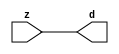

//------> ./rtl_mgc_ioport.v 
//------------------------------------------------------------------
//                M G C _ I O P O R T _ C O M P S
//------------------------------------------------------------------

//------------------------------------------------------------------
//                       M O D U L E S
//------------------------------------------------------------------

//------------------------------------------------------------------
//-- INPUT ENTITIES
//------------------------------------------------------------------

module mgc_in_wire (d, z);

  parameter integer rscid = 1;
  parameter integer width = 8;

  output [width-1:0] d;
  input  [width-1:0] z;

  wire   [width-1:0] d;

  assign d = z;

endmodule

//------------------------------------------------------------------

module mgc_in_wire_en (ld, d, lz, z);

  parameter integer rscid = 1;
  parameter integer width = 8;

  input              ld;
  output [width-1:0] d;
  output             lz;
  input  [width-1:0] z;

  wire   [width-1:0] d;
  wire               lz;

  assign d = z;
  assign lz = ld;

endmodule

//------------------------------------------------------------------

module mgc_in_wire_wait (ld, vd, d, lz, vz, z);

  parameter integer rscid = 1;
  parameter integer width = 8;

  input              ld;
  output             vd;
  output [width-1:0] d;
  output             lz;
  input              vz;
  input  [width-1:0] z;

  wire               vd;
  wire   [width-1:0] d;
  wire               lz;

  assign d = z;
  assign lz = ld;
  assign vd = vz;

endmodule
//------------------------------------------------------------------

module mgc_chan_in (ld, vd, d, lz, vz, z, size, req_size, sizez, sizelz);

  parameter integer rscid = 1;
  parameter integer width = 8;
  parameter integer sz_width = 8;

  input              ld;
  output             vd;
  output [width-1:0] d;
  output             lz;
  input              vz;
  input  [width-1:0] z;
  output [sz_width-1:0] size;
  input              req_size;
  input  [sz_width-1:0] sizez;
  output             sizelz;


  wire               vd;
  wire   [width-1:0] d;
  wire               lz;
  wire   [sz_width-1:0] size;
  wire               sizelz;

  assign d = z;
  assign lz = ld;
  assign vd = vz;
  assign size = sizez;
  assign sizelz = req_size;

endmodule


//------------------------------------------------------------------
//-- OUTPUT ENTITIES
//------------------------------------------------------------------

module mgc_out_stdreg (d, z);

  parameter integer rscid = 1;
  parameter integer width = 8;

  input    [width-1:0] d;
  output   [width-1:0] z;

  wire     [width-1:0] z;

  assign z = d;

endmodule

//------------------------------------------------------------------

module mgc_out_stdreg_en (ld, d, lz, z);

  parameter integer rscid = 1;
  parameter integer width = 8;

  input              ld;
  input  [width-1:0] d;
  output             lz;
  output [width-1:0] z;

  wire               lz;
  wire   [width-1:0] z;

  assign z = d;
  assign lz = ld;

endmodule

//------------------------------------------------------------------

module mgc_out_stdreg_wait (ld, vd, d, lz, vz, z);

  parameter integer rscid = 1;
  parameter integer width = 8;

  input              ld;
  output             vd;
  input  [width-1:0] d;
  output             lz;
  input              vz;
  output [width-1:0] z;

  wire               vd;
  wire               lz;
  wire   [width-1:0] z;

  assign z = d;
  assign lz = ld;
  assign vd = vz;

endmodule

//------------------------------------------------------------------

module mgc_out_prereg_en (ld, d, lz, z);

    parameter integer rscid = 1;
    parameter integer width = 8;

    input              ld;
    input  [width-1:0] d;
    output             lz;
    output [width-1:0] z;

    wire               lz;
    wire   [width-1:0] z;

    assign z = d;
    assign lz = ld;

endmodule

//------------------------------------------------------------------
//-- INOUT ENTITIES
//------------------------------------------------------------------

module mgc_inout_stdreg_en (ldin, din, ldout, dout, lzin, lzout, z);

    parameter integer rscid = 1;
    parameter integer width = 8;

    input              ldin;
    output [width-1:0] din;
    input              ldout;
    input  [width-1:0] dout;
    output             lzin;
    output             lzout;
    inout  [width-1:0] z;

    wire   [width-1:0] din;
    wire               lzin;
    wire               lzout;
    wire   [width-1:0] z;

    assign lzin = ldin;
    assign din = ldin ? z : {width{1'bz}};
    assign lzout = ldout;
    assign z = ldout ? dout : {width{1'bz}};

endmodule

//------------------------------------------------------------------
module hid_tribuf( I_SIG, ENABLE, O_SIG);
  parameter integer width = 8;

  input [width-1:0] I_SIG;
  input ENABLE;
  inout [width-1:0] O_SIG;

  assign O_SIG = (ENABLE) ? I_SIG : { width{1'bz}};

endmodule
//------------------------------------------------------------------

module mgc_inout_stdreg_wait (ldin, vdin, din, ldout, vdout, dout, lzin, vzin, lzout, vzout, z);

    parameter integer rscid = 1;
    parameter integer width = 8;

    input              ldin;
    output             vdin;
    output [width-1:0] din;
    input              ldout;
    output             vdout;
    input  [width-1:0] dout;
    output             lzin;
    input              vzin;
    output             lzout;
    input              vzout;
    inout  [width-1:0] z;

    wire               vdin;
    wire   [width-1:0] din;
    wire               vdout;
    wire               lzin;
    wire               lzout;
    wire   [width-1:0] z;
    wire   ldout_and_vzout;

    assign lzin = ldin;
    assign vdin = vzin;
    assign din = ldin ? z : {width{1'bz}};
    assign lzout = ldout;
    assign vdout = vzout ;
    assign ldout_and_vzout = ldout && vzout ;

    hid_tribuf #(width) tb( .I_SIG(dout),
                            .ENABLE(ldout_and_vzout),
                            .O_SIG(z) );

endmodule

//------------------------------------------------------------------

module mgc_inout_buf_wait (clk, en, arst, srst, ldin, vdin, din, ldout, vdout, dout, lzin, vzin, lzout, vzout, z);

    parameter integer rscid   = 0; // resource ID
    parameter integer width   = 8; // fifo width
    parameter         ph_clk  =  1'b1; // clock polarity 1=rising edge, 0=falling edge
    parameter         ph_en   =  1'b1; // clock enable polarity
    parameter         ph_arst =  1'b1; // async reset polarity
    parameter         ph_srst =  1'b1; // sync reset polarity

    input              clk;
    input              en;
    input              arst;
    input              srst;
    input              ldin;
    output             vdin;
    output [width-1:0] din;
    input              ldout;
    output             vdout;
    input  [width-1:0] dout;
    output             lzin;
    input              vzin;
    output             lzout;
    input              vzout;
    inout  [width-1:0] z;

    wire               lzout_buf;
    wire               vzout_buf;
    wire   [width-1:0] z_buf;
    wire               vdin;
    wire   [width-1:0] din;
    wire               vdout;
    wire               lzin;
    wire               lzout;
    wire   [width-1:0] z;

    assign lzin = ldin;
    assign vdin = vzin;
    assign din = ldin ? z : {width{1'bz}};
    assign lzout = lzout_buf & ~ldin;
    assign vzout_buf = vzout & ~ldin;
    hid_tribuf #(width) tb( .I_SIG(z_buf),
                            .ENABLE((lzout_buf && (!ldin) && vzout) ),
                            .O_SIG(z)  );

    mgc_out_buf_wait
    #(
        .rscid   (rscid),
        .width   (width),
        .ph_clk  (ph_clk),
        .ph_en   (ph_en),
        .ph_arst (ph_arst),
        .ph_srst (ph_srst)
    )
    BUFF
    (
        .clk     (clk),
        .en      (en),
        .arst    (arst),
        .srst    (srst),
        .ld      (ldout),
        .vd      (vdout),
        .d       (dout),
        .lz      (lzout_buf),
        .vz      (vzout_buf),
        .z       (z_buf)
    );


endmodule

module mgc_inout_fifo_wait (clk, en, arst, srst, ldin, vdin, din, ldout, vdout, dout, lzin, vzin, lzout, vzout, z);

    parameter integer rscid   = 0; // resource ID
    parameter integer width   = 8; // fifo width
    parameter integer fifo_sz = 8; // fifo depth
    parameter         ph_clk  = 1'b1;  // clock polarity 1=rising edge, 0=falling edge
    parameter         ph_en   = 1'b1;  // clock enable polarity
    parameter         ph_arst = 1'b1;  // async reset polarity
    parameter         ph_srst = 1'b1;  // sync reset polarity
    parameter integer ph_log2 = 3;     // log2(fifo_sz)
    parameter integer pwropt  = 0;     // pwropt

    input              clk;
    input              en;
    input              arst;
    input              srst;
    input              ldin;
    output             vdin;
    output [width-1:0] din;
    input              ldout;
    output             vdout;
    input  [width-1:0] dout;
    output             lzin;
    input              vzin;
    output             lzout;
    input              vzout;
    inout  [width-1:0] z;

    wire               lzout_buf;
    wire               vzout_buf;
    wire   [width-1:0] z_buf;
    wire               comb;
    wire               vdin;
    wire   [width-1:0] din;
    wire               vdout;
    wire               lzin;
    wire               lzout;
    wire   [width-1:0] z;

    assign lzin = ldin;
    assign vdin = vzin;
    assign din = ldin ? z : {width{1'bz}};
    assign lzout = lzout_buf & ~ldin;
    assign vzout_buf = vzout & ~ldin;
    assign comb = (lzout_buf && (!ldin) && vzout);

    hid_tribuf #(width) tb2( .I_SIG(z_buf), .ENABLE(comb), .O_SIG(z)  );

    mgc_out_fifo_wait
    #(
        .rscid   (rscid),
        .width   (width),
        .fifo_sz (fifo_sz),
        .ph_clk  (ph_clk),
        .ph_en   (ph_en),
        .ph_arst (ph_arst),
        .ph_srst (ph_srst),
        .ph_log2 (ph_log2),
        .pwropt  (pwropt)
    )
    FIFO
    (
        .clk   (clk),
        .en      (en),
        .arst    (arst),
        .srst    (srst),
        .ld      (ldout),
        .vd      (vdout),
        .d       (dout),
        .lz      (lzout_buf),
        .vz      (vzout_buf),
        .z       (z_buf)
    );

endmodule

//------------------------------------------------------------------
//-- I/O SYNCHRONIZATION ENTITIES
//------------------------------------------------------------------

module mgc_io_sync (ld, lz);

    input  ld;
    output lz;

    assign lz = ld;

endmodule

module mgc_bsync_rdy (rd, rz);

    parameter integer rscid   = 0; // resource ID
    parameter ready = 1;
    parameter valid = 0;

    input  rd;
    output rz;

    wire   rz;

    assign rz = rd;

endmodule

module mgc_bsync_vld (vd, vz);

    parameter integer rscid   = 0; // resource ID
    parameter ready = 0;
    parameter valid = 1;

    output vd;
    input  vz;

    wire   vd;

    assign vd = vz;

endmodule

module mgc_bsync_rv (rd, vd, rz, vz);

    parameter integer rscid   = 0; // resource ID
    parameter ready = 1;
    parameter valid = 1;

    input  rd;
    output vd;
    output rz;
    input  vz;

    wire   vd;
    wire   rz;

    assign rz = rd;
    assign vd = vz;

endmodule

//------------------------------------------------------------------

module mgc_sync (ldin, vdin, ldout, vdout);

  input  ldin;
  output vdin;
  input  ldout;
  output vdout;

  wire   vdin;
  wire   vdout;

  assign vdin = ldout;
  assign vdout = ldin;

endmodule

///////////////////////////////////////////////////////////////////////////////
// dummy function used to preserve funccalls for modulario
// it looks like a memory read to the caller
///////////////////////////////////////////////////////////////////////////////
module funccall_inout (d, ad, bd, z, az, bz);

  parameter integer ram_id = 1;
  parameter integer width = 8;
  parameter integer addr_width = 8;

  output [width-1:0]       d;
  input  [addr_width-1:0]  ad;
  input                    bd;
  input  [width-1:0]       z;
  output [addr_width-1:0]  az;
  output                   bz;

  wire   [width-1:0]       d;
  wire   [addr_width-1:0]  az;
  wire                     bz;

  assign d  = z;
  assign az = ad;
  assign bz = bd;

endmodule


///////////////////////////////////////////////////////////////////////////////
// inlinable modular io not otherwise found in mgc_ioport
///////////////////////////////////////////////////////////////////////////////

module modulario_en_in (vd, d, vz, z);

  parameter integer rscid = 1;
  parameter integer width = 8;

  output             vd;
  output [width-1:0] d;
  input              vz;
  input  [width-1:0] z;

  wire   [width-1:0] d;
  wire               vd;

  assign d = z;
  assign vd = vz;

endmodule

//------> ./rtl_mgc_ioport_v2001.v 
//------------------------------------------------------------------

module mgc_out_reg_pos (clk, en, arst, srst, ld, d, lz, z);

    parameter integer rscid   = 1;
    parameter integer width   = 8;
    parameter         ph_en   =  1'b1;
    parameter         ph_arst =  1'b1;
    parameter         ph_srst =  1'b1;

    input              clk;
    input              en;
    input              arst;
    input              srst;
    input              ld;
    input  [width-1:0] d;
    output             lz;
    output [width-1:0] z;

    reg                lz;
    reg    [width-1:0] z;

    generate
    if (ph_arst == 1'b0)
    begin: NEG_ARST
        always @(posedge clk or negedge arst)
        if (arst == 1'b0)
        begin: B1
            lz <= 1'b0;
            z  <= {width{1'b0}};
        end
        else if (srst == ph_srst)
        begin: B2
            lz <= 1'b0;
            z  <= {width{1'b0}};
        end
        else if (en == ph_en)
        begin: B3
            lz <= ld;
            z  <= (ld) ? d : z;
        end
    end
    else
    begin: POS_ARST
        always @(posedge clk or posedge arst)
        if (arst == 1'b1)
        begin: B1
            lz <= 1'b0;
            z  <= {width{1'b0}};
        end
        else if (srst == ph_srst)
        begin: B2
            lz <= 1'b0;
            z  <= {width{1'b0}};
        end
        else if (en == ph_en)
        begin: B3
            lz <= ld;
            z  <= (ld) ? d : z;
        end
    end
    endgenerate

endmodule

//------------------------------------------------------------------

module mgc_out_reg_neg (clk, en, arst, srst, ld, d, lz, z);

    parameter integer rscid   = 1;
    parameter integer width   = 8;
    parameter         ph_en   =  1'b1;
    parameter         ph_arst =  1'b1;
    parameter         ph_srst =  1'b1;

    input              clk;
    input              en;
    input              arst;
    input              srst;
    input              ld;
    input  [width-1:0] d;
    output             lz;
    output [width-1:0] z;

    reg                lz;
    reg    [width-1:0] z;

    generate
    if (ph_arst == 1'b0)
    begin: NEG_ARST
        always @(negedge clk or negedge arst)
        if (arst == 1'b0)
        begin: B1
            lz <= 1'b0;
            z  <= {width{1'b0}};
        end
        else if (srst == ph_srst)
        begin: B2
            lz <= 1'b0;
            z  <= {width{1'b0}};
        end
        else if (en == ph_en)
        begin: B3
            lz <= ld;
            z  <= (ld) ? d : z;
        end
    end
    else
    begin: POS_ARST
        always @(negedge clk or posedge arst)
        if (arst == 1'b1)
        begin: B1
            lz <= 1'b0;
            z  <= {width{1'b0}};
        end
        else if (srst == ph_srst)
        begin: B2
            lz <= 1'b0;
            z  <= {width{1'b0}};
        end
        else if (en == ph_en)
        begin: B3
            lz <= ld;
            z  <= (ld) ? d : z;
        end
    end
    endgenerate

endmodule

//------------------------------------------------------------------

module mgc_out_reg (clk, en, arst, srst, ld, d, lz, z); // Not Supported

    parameter integer rscid   = 1;
    parameter integer width   = 8;
    parameter         ph_clk  =  1'b1;
    parameter         ph_en   =  1'b1;
    parameter         ph_arst =  1'b1;
    parameter         ph_srst =  1'b1;

    input              clk;
    input              en;
    input              arst;
    input              srst;
    input              ld;
    input  [width-1:0] d;
    output             lz;
    output [width-1:0] z;


    generate
    if (ph_clk == 1'b0)
    begin: NEG_EDGE

        mgc_out_reg_neg
        #(
            .rscid   (rscid),
            .width   (width),
            .ph_en   (ph_en),
            .ph_arst (ph_arst),
            .ph_srst (ph_srst)
        )
        mgc_out_reg_neg_inst
        (
            .clk     (clk),
            .en      (en),
            .arst    (arst),
            .srst    (srst),
            .ld      (ld),
            .d       (d),
            .lz      (lz),
            .z       (z)
        );

    end
    else
    begin: POS_EDGE

        mgc_out_reg_pos
        #(
            .rscid   (rscid),
            .width   (width),
            .ph_en   (ph_en),
            .ph_arst (ph_arst),
            .ph_srst (ph_srst)
        )
        mgc_out_reg_pos_inst
        (
            .clk     (clk),
            .en      (en),
            .arst    (arst),
            .srst    (srst),
            .ld      (ld),
            .d       (d),
            .lz      (lz),
            .z       (z)
        );

    end
    endgenerate

endmodule




//------------------------------------------------------------------

module mgc_out_buf_wait (clk, en, arst, srst, ld, vd, d, vz, lz, z); // Not supported

    parameter integer rscid   = 1;
    parameter integer width   = 8;
    parameter         ph_clk  =  1'b1;
    parameter         ph_en   =  1'b1;
    parameter         ph_arst =  1'b1;
    parameter         ph_srst =  1'b1;

    input              clk;
    input              en;
    input              arst;
    input              srst;
    input              ld;
    output             vd;
    input  [width-1:0] d;
    output             lz;
    input              vz;
    output [width-1:0] z;

    wire               filled;
    wire               filled_next;
    wire   [width-1:0] abuf;
    wire               lbuf;


    assign filled_next = (filled & (~vz)) | (filled & ld) | (ld & (~vz));

    assign lbuf = ld & ~(filled ^ vz);

    assign vd = vz | ~filled;

    assign lz = ld | filled;

    assign z = (filled) ? abuf : d;

    wire dummy;
    wire dummy_bufreg_lz;

    // Output registers:
    mgc_out_reg
    #(
        .rscid   (rscid),
        .width   (1'b1),
        .ph_clk  (ph_clk),
        .ph_en   (ph_en),
        .ph_arst (ph_arst),
        .ph_srst (ph_srst)
    )
    STATREG
    (
        .clk     (clk),
        .en      (en),
        .arst    (arst),
        .srst    (srst),
        .ld      (filled_next),
        .d       (1'b0),       // input d is unused
        .lz      (filled),
        .z       (dummy)            // output z is unused
    );

    mgc_out_reg
    #(
        .rscid   (rscid),
        .width   (width),
        .ph_clk  (ph_clk),
        .ph_en   (ph_en),
        .ph_arst (ph_arst),
        .ph_srst (ph_srst)
    )
    BUFREG
    (
        .clk     (clk),
        .en      (en),
        .arst    (arst),
        .srst    (srst),
        .ld      (lbuf),
        .d       (d),
        .lz      (dummy_bufreg_lz),
        .z       (abuf)
    );

endmodule

//------------------------------------------------------------------

module mgc_out_fifo_wait (clk, en, arst, srst, ld, vd, d, lz, vz,  z);

    parameter integer rscid   = 0; // resource ID
    parameter integer width   = 8; // fifo width
    parameter integer fifo_sz = 8; // fifo depth
    parameter         ph_clk  = 1'b1; // clock polarity 1=rising edge, 0=falling edge
    parameter         ph_en   = 1'b1; // clock enable polarity
    parameter         ph_arst = 1'b1; // async reset polarity
    parameter         ph_srst = 1'b1; // sync reset polarity
    parameter integer ph_log2 = 3; // log2(fifo_sz)
    parameter integer pwropt  = 0; // pwropt


    input                 clk;
    input                 en;
    input                 arst;
    input                 srst;
    input                 ld;    // load data
    output                vd;    // fifo full active low
    input     [width-1:0] d;
    output                lz;    // fifo ready to send
    input                 vz;    // dest ready for data
    output    [width-1:0] z;

    wire    [31:0]      size;


      // Output registers:
 mgc_out_fifo_wait_core#(
        .rscid   (rscid),
        .width   (width),
        .sz_width (32),
        .fifo_sz (fifo_sz),
        .ph_clk  (ph_clk),
        .ph_en   (ph_en),
        .ph_arst (ph_arst),
        .ph_srst (ph_srst),
        .ph_log2 (ph_log2),
        .pwropt  (pwropt)
        ) CORE (
        .clk (clk),
        .en (en),
        .arst (arst),
        .srst (srst),
        .ld (ld),
        .vd (vd),
        .d (d),
        .lz (lz),
        .vz (vz),
        .z (z),
        .size (size)
        );

endmodule



module mgc_out_fifo_wait_core (clk, en, arst, srst, ld, vd, d, lz, vz,  z, size);

    parameter integer rscid   = 0; // resource ID
    parameter integer width   = 8; // fifo width
    parameter integer sz_width = 8; // size of port for elements in fifo
    parameter integer fifo_sz = 8; // fifo depth
    parameter         ph_clk  =  1'b1; // clock polarity 1=rising edge, 0=falling edge
    parameter         ph_en   =  1'b1; // clock enable polarity
    parameter         ph_arst =  1'b1; // async reset polarity
    parameter         ph_srst =  1'b1; // sync reset polarity
    parameter integer ph_log2 = 3; // log2(fifo_sz)
    parameter integer pwropt  = 0; // pwropt

   localparam integer  fifo_b = width * fifo_sz;

    input                 clk;
    input                 en;
    input                 arst;
    input                 srst;
    input                 ld;    // load data
    output                vd;    // fifo full active low
    input     [width-1:0] d;
    output                lz;    // fifo ready to send
    input                 vz;    // dest ready for data
    output    [width-1:0] z;
    output    [sz_width-1:0]      size;

    reg      [( (fifo_sz > 0) ? fifo_sz : 1)-1:0] stat_pre;
    wire     [( (fifo_sz > 0) ? fifo_sz : 1)-1:0] stat;
    reg      [( (fifo_b > 0) ? fifo_b : 1)-1:0] buff_pre;
    wire     [( (fifo_b > 0) ? fifo_b : 1)-1:0] buff;
    reg      [( (fifo_sz > 0) ? fifo_sz : 1)-1:0] en_l;
    reg      [(((fifo_sz > 0) ? fifo_sz : 1)-1)/8:0] en_l_s;

    reg       [width-1:0] buff_nxt;

    reg                   stat_nxt;
    reg                   stat_before;
    reg                   stat_after;
    reg                   en_l_var;

    integer               i;
    genvar                eni;

    wire [32:0]           size_t;
    reg [31:0]            count;
    reg [31:0]            count_t;
    reg [32:0]            n_elem;
// pragma translate_off
    reg [31:0]            peak;
// pragma translate_on

    wire [( (fifo_sz > 0) ? fifo_sz : 1)-1:0] dummy_statreg_lz;
    wire [( (fifo_b > 0) ? fifo_b : 1)-1:0] dummy_bufreg_lz;

    generate
    if ( fifo_sz > 0 )
    begin: FIFO_REG
      assign vd = vz | ~stat[0];
      assign lz = ld | stat[fifo_sz-1];
      assign size_t = (count - (vz && stat[fifo_sz-1])) + ld;
      assign size = size_t[sz_width-1:0];
      assign z = (stat[fifo_sz-1]) ? buff[fifo_b-1:width*(fifo_sz-1)] : d;

      always @(*)
      begin: FIFOPROC
        n_elem = 33'b0;
        for (i = fifo_sz-1; i >= 0; i = i - 1)
        begin
          if (i != 0)
            stat_before = stat[i-1];
          else
            stat_before = 1'b0;

          if (i != (fifo_sz-1))
            stat_after = stat[i+1];
          else
            stat_after = 1'b1;

          stat_nxt = stat_after &
                    (stat_before | (stat[i] & (~vz)) | (stat[i] & ld) | (ld & (~vz)));

          stat_pre[i] = stat_nxt;
          en_l_var = 1'b1;
          if (!stat_nxt)
            begin
              buff_nxt = {width{1'b0}};
              en_l_var = 1'b0;
            end
          else if (vz && stat_before)
            buff_nxt[0+:width] = buff[width*(i-1)+:width];
          else if (ld && !((vz && stat_before) || ((!vz) && stat[i])))
            buff_nxt = d;
          else
            begin
              if (pwropt == 0)
                buff_nxt[0+:width] = buff[width*i+:width];
              else
                buff_nxt = {width{1'b0}};
              en_l_var = 1'b0;
            end

          if (ph_en != 0)
            en_l[i] = en & en_l_var;
          else
            en_l[i] = en | ~en_l_var;

          buff_pre[width*i+:width] = buff_nxt[0+:width];

          if ((stat_after == 1'b1) && (stat[i] == 1'b0))
            n_elem = ($unsigned(fifo_sz) - 1) - i;
        end

        if (ph_en != 0)
          en_l_s[(((fifo_sz > 0) ? fifo_sz : 1)-1)/8] = 1'b1;
        else
          en_l_s[(((fifo_sz > 0) ? fifo_sz : 1)-1)/8] = 1'b0;

        for (i = fifo_sz-1; i >= 7; i = i - 1)
        begin
          if ((i%'d2) == 0)
          begin
            if (ph_en != 0)
              en_l_s[(i/8)-1] = en & (stat[i]|stat_pre[i-1]);
            else
              en_l_s[(i/8)-1] = en | ~(stat[i]|stat_pre[i-1]);
          end
        end

        if ( stat[fifo_sz-1] == 1'b0 )
          count_t = 32'b0;
        else if ( stat[0] == 1'b1 )
          count_t = { {(32-ph_log2){1'b0}}, fifo_sz};
        else
          count_t = n_elem[31:0];
        count = count_t;
// pragma translate_off
        if ( peak < count )
          peak = count;
// pragma translate_on
      end

      if (pwropt == 0)
      begin: NOCGFIFO
        // Output registers:
        mgc_out_reg
        #(
            .rscid   (rscid),
            .width   (fifo_sz),
            .ph_clk  (ph_clk),
            .ph_en   (ph_en),
            .ph_arst (ph_arst),
            .ph_srst (ph_srst)
        )
        STATREG
        (
            .clk     (clk),
            .en      (en),
            .arst    (arst),
            .srst    (srst),
            .ld      (1'b1),
            .d       (stat_pre),
            .lz      (dummy_statreg_lz[0]),
            .z       (stat)
        );
        mgc_out_reg
        #(
            .rscid   (rscid),
            .width   (fifo_b),
            .ph_clk  (ph_clk),
            .ph_en   (ph_en),
            .ph_arst (ph_arst),
            .ph_srst (ph_srst)
        )
        BUFREG
        (
            .clk     (clk),
            .en      (en),
            .arst    (arst),
            .srst    (srst),
            .ld      (1'b1),
            .d       (buff_pre),
            .lz      (dummy_bufreg_lz[0]),
            .z       (buff)
        );
      end
      else
      begin: CGFIFO
        // Output registers:
        if ( pwropt > 1)
        begin: CGSTATFIFO2
          for (eni = fifo_sz-1; eni >= 0; eni = eni - 1)
          begin: pwroptGEN1
            mgc_out_reg
            #(
              .rscid   (rscid),
              .width   (1),
              .ph_clk  (ph_clk),
              .ph_en   (ph_en),
              .ph_arst (ph_arst),
              .ph_srst (ph_srst)
            )
            STATREG
            (
              .clk     (clk),
              .en      (en_l_s[eni/8]),
              .arst    (arst),
              .srst    (srst),
              .ld      (1'b1),
              .d       (stat_pre[eni]),
              .lz      (dummy_statreg_lz[eni]),
              .z       (stat[eni])
            );
          end
        end
        else
        begin: CGSTATFIFO
          mgc_out_reg
          #(
            .rscid   (rscid),
            .width   (fifo_sz),
            .ph_clk  (ph_clk),
            .ph_en   (ph_en),
            .ph_arst (ph_arst),
            .ph_srst (ph_srst)
          )
          STATREG
          (
            .clk     (clk),
            .en      (en),
            .arst    (arst),
            .srst    (srst),
            .ld      (1'b1),
            .d       (stat_pre),
            .lz      (dummy_statreg_lz[0]),
            .z       (stat)
          );
        end
        for (eni = fifo_sz-1; eni >= 0; eni = eni - 1)
        begin: pwroptGEN2
          mgc_out_reg
          #(
            .rscid   (rscid),
            .width   (width),
            .ph_clk  (ph_clk),
            .ph_en   (ph_en),
            .ph_arst (ph_arst),
            .ph_srst (ph_srst)
          )
          BUFREG
          (
            .clk     (clk),
            .en      (en_l[eni]),
            .arst    (arst),
            .srst    (srst),
            .ld      (1'b1),
            .d       (buff_pre[width*eni+:width]),
            .lz      (dummy_bufreg_lz[eni]),
            .z       (buff[width*eni+:width])
          );
        end
      end
    end
    else
    begin: FEED_THRU
      assign vd = vz;
      assign lz = ld;
      assign z = d;
      assign size = ld && !vz;
    end
    endgenerate

endmodule

//------------------------------------------------------------------
//-- PIPE ENTITIES
//------------------------------------------------------------------
/*
 *
 *             _______________________________________________
 * WRITER    |                                               |          READER
 *           |           MGC_PIPE                            |
 *           |           __________________________          |
 *        --<| vdout  --<| vd ---------------  vz<|-----ldin<|---
 *           |           |      FIFO              |          |
 *        ---|>ldout  ---|>ld ---------------- lz |> ---vdin |>--
 *        ---|>dout -----|>d  ---------------- dz |> ----din |>--
 *           |           |________________________|          |
 *           |_______________________________________________|
 */
// two clock pipe
module mgc_pipe (clk, en, arst, srst, ldin, vdin, din, ldout, vdout, dout, size, req_size);

    parameter integer rscid   = 0; // resource ID
    parameter integer width   = 8; // fifo width
    parameter integer sz_width = 8; // width of size of elements in fifo
    parameter integer fifo_sz = 8; // fifo depth
    parameter integer log2_sz = 3; // log2(fifo_sz)
    parameter         ph_clk  = 1'b1;  // clock polarity 1=rising edge, 0=falling edge
    parameter         ph_en   = 1'b1;  // clock enable polarity
    parameter         ph_arst = 1'b1;  // async reset polarity
    parameter         ph_srst = 1'b1;  // sync reset polarity
    parameter integer pwropt  = 0; // pwropt

    input              clk;
    input              en;
    input              arst;
    input              srst;
    input              ldin;
    output             vdin;
    output [width-1:0] din;
    input              ldout;
    output             vdout;
    input  [width-1:0] dout;
    output [sz_width-1:0]      size;
    input              req_size;


    mgc_out_fifo_wait_core
    #(
        .rscid    (rscid),
        .width    (width),
        .sz_width (sz_width),
        .fifo_sz  (fifo_sz),
        .ph_clk   (ph_clk),
        .ph_en    (ph_en),
        .ph_arst  (ph_arst),
        .ph_srst  (ph_srst),
        .ph_log2  (log2_sz),
        .pwropt   (pwropt)
    )
    FIFO
    (
        .clk     (clk),
        .en      (en),
        .arst    (arst),
        .srst    (srst),
        .ld      (ldout),
        .vd      (vdout),
        .d       (dout),
        .lz      (vdin),
        .vz      (ldin),
        .z       (din),
        .size    (size)
    );

endmodule


//------> ./rtl.v 
// ----------------------------------------------------------------------
//  HLS HDL:        Verilog Netlister
//  HLS Version:    2011a.126 Production Release
//  HLS Date:       Wed Aug  8 00:52:07 PDT 2012
// 
//  Generated by:   kjr115@EEWS104A-009
//  Generated date: Tue May 03 15:31:16 2016
// ----------------------------------------------------------------------

// 
// ------------------------------------------------------------------
//  Design Unit:    Render_core_fsm
//  FSM Module
// ------------------------------------------------------------------


module Render_core_fsm (
  clk, rst, fsm_output, st_main_1_for_1_tr0
);
  input clk;
  input rst;
  output [5:0] fsm_output;
  reg [5:0] fsm_output;
  input st_main_1_for_1_tr0;


  // FSM State Type Declaration for Render_core_fsm_1
  parameter
    st_main = 3'd0,
    st_main_1_for = 3'd1,
    st_main_1_for_1 = 3'd2,
    st_main_1 = 3'd3,
    st_main_2_for = 3'd4,
    st_main_2_for_1 = 3'd5,
    state_x = 3'b000;

  reg [2:0] state_var;
  reg [2:0] state_var_NS;


  // Interconnect Declarations for Component Instantiations 
  always @(*)
  begin : Render_core_fsm_1
    case (state_var)
      st_main : begin
        fsm_output = 6'b1;
        state_var_NS = st_main_1_for;
      end
      st_main_1_for : begin
        fsm_output = 6'b10;
        state_var_NS = st_main_1_for_1;
      end
      st_main_1_for_1 : begin
        fsm_output = 6'b100;
        if ( st_main_1_for_1_tr0 ) begin
          state_var_NS = st_main_1;
        end
        else begin
          state_var_NS = st_main_1_for;
        end
      end
      st_main_1 : begin
        fsm_output = 6'b1000;
        state_var_NS = st_main_2_for;
      end
      st_main_2_for : begin
        fsm_output = 6'b10000;
        state_var_NS = st_main_2_for_1;
      end
      st_main_2_for_1 : begin
        fsm_output = 6'b100000;
        if ( st_main_1_for_1_tr0 ) begin
          state_var_NS = st_main;
        end
        else begin
          state_var_NS = st_main_2_for;
        end
      end
      default : begin
        fsm_output = 6'b000000;
        state_var_NS = st_main;
      end
    endcase
  end

  always @(posedge clk) begin
    if ( rst ) begin
      state_var <= st_main;
    end
    else begin
      state_var <= state_var_NS;
    end
  end

endmodule

// ------------------------------------------------------------------
//  Design Unit:    Render_core
// ------------------------------------------------------------------


module Render_core (
  clk, rst, v_out_rsc_mgc_out_stdreg_d
);
  input clk;
  input rst;
  output [11:0] v_out_rsc_mgc_out_stdreg_d;
  reg [11:0] v_out_rsc_mgc_out_stdreg_d;


  // Interconnect Declarations
  wire [5:0] fsm_output;
  reg [20:0] for_i_2_sva;
  reg [20:0] for_i_2_sva_1;
  reg [20:0] for_i_1_sva;
  wire [3:0] z_out;
  wire [4:0] nl_z_out;
  wire [20:0] z_out_2;
  wire [21:0] nl_z_out_2;
  reg reg_main_1_for_slc_itm_cse;

  wire[3:0] mux_nl;
  wire[20:0] mux_3_nl;

  // Interconnect Declarations for Component Instantiations 
  wire [0:0] nl_Render_core_fsm_inst_st_main_1_for_1_tr0;
  assign nl_Render_core_fsm_inst_st_main_1_for_1_tr0 = ~ reg_main_1_for_slc_itm_cse;
  Render_core_fsm Render_core_fsm_inst (
      .clk(clk),
      .rst(rst),
      .fsm_output(fsm_output),
      .st_main_1_for_1_tr0(nl_Render_core_fsm_inst_st_main_1_for_1_tr0)
    );
  always @(posedge clk) begin
    if ( rst ) begin
      for_i_2_sva <= 21'b0;
      v_out_rsc_mgc_out_stdreg_d <= 12'b0;
      reg_main_1_for_slc_itm_cse <= 1'b0;
      for_i_2_sva_1 <= 21'b0;
      for_i_1_sva <= 21'b0;
    end
    else begin
      for_i_2_sva <= for_i_2_sva_1 & (signext_21_1(fsm_output[2]));
      v_out_rsc_mgc_out_stdreg_d <= MUX1HOT_v_12_3_2({(signext_12_1(z_out[3])) ,
          (signext_12_1(z_out[3])) , v_out_rsc_mgc_out_stdreg_d}, {(fsm_output[1])
          , (fsm_output[4]) , (~((fsm_output[4]) | (fsm_output[1])))});
      reg_main_1_for_slc_itm_cse <= readslicef_4_1_3((conv_u2s_3_4(z_out_2[20:18])
          + 4'b1011));
      for_i_2_sva_1 <= z_out_2;
      for_i_1_sva <= for_i_2_sva_1 & (signext_21_1(fsm_output[5]));
    end
  end
  assign mux_nl = MUX_v_4_2_2({(for_i_2_sva[20:17]) , (for_i_1_sva[20:17])}, fsm_output[4]);
  assign nl_z_out = (mux_nl) + 4'b1011;
  assign z_out = nl_z_out[3:0];
  assign mux_3_nl = MUX_v_21_2_2({for_i_2_sva , for_i_1_sva}, fsm_output[4]);
  assign nl_z_out_2 = (mux_3_nl) + 21'b1;
  assign z_out_2 = nl_z_out_2[20:0];

  function [20:0] signext_21_1;
    input [0:0] vector;
  begin
    signext_21_1= {{20{vector[0]}}, vector};
  end
  endfunction


  function [11:0] MUX1HOT_v_12_3_2;
    input [35:0] inputs;
    input [2:0] sel;
    reg [11:0] result;
    integer i;
  begin
    result = inputs[0+:12] & {12{sel[0]}};
    for( i = 1; i < 3; i = i + 1 )
      result = result | (inputs[i*12+:12] & {12{sel[i]}});
    MUX1HOT_v_12_3_2 = result;
  end
  endfunction


  function [11:0] signext_12_1;
    input [0:0] vector;
  begin
    signext_12_1= {{11{vector[0]}}, vector};
  end
  endfunction


  function [0:0] readslicef_4_1_3;
    input [3:0] vector;
    reg [3:0] tmp;
  begin
    tmp = vector >> 3;
    readslicef_4_1_3 = tmp[0:0];
  end
  endfunction


  function [3:0] MUX_v_4_2_2;
    input [7:0] inputs;
    input [0:0] sel;
    reg [3:0] result;
  begin
    case (sel)
      1'b0 : begin
        result = inputs[7:4];
      end
      1'b1 : begin
        result = inputs[3:0];
      end
      default : begin
        result = inputs[7:4];
      end
    endcase
    MUX_v_4_2_2 = result;
  end
  endfunction


  function [20:0] MUX_v_21_2_2;
    input [41:0] inputs;
    input [0:0] sel;
    reg [20:0] result;
  begin
    case (sel)
      1'b0 : begin
        result = inputs[41:21];
      end
      1'b1 : begin
        result = inputs[20:0];
      end
      default : begin
        result = inputs[41:21];
      end
    endcase
    MUX_v_21_2_2 = result;
  end
  endfunction


  function signed [3:0] conv_u2s_3_4 ;
    input [2:0]  vector ;
  begin
    conv_u2s_3_4 = {1'b0, vector};
  end
  endfunction

endmodule

// ------------------------------------------------------------------
//  Design Unit:    Render
//  Generated from file(s):
//    2) $PROJECT_HOME/src/Render.cpp
// ------------------------------------------------------------------


module Render (
  v_out_rsc_z, clk, rst
);
  output [11:0] v_out_rsc_z;
  input clk;
  input rst;


  // Interconnect Declarations
  wire [11:0] v_out_rsc_mgc_out_stdreg_d;


  // Interconnect Declarations for Component Instantiations 
  mgc_out_stdreg #(.rscid(1),
  .width(12)) v_out_rsc_mgc_out_stdreg (
      .d(v_out_rsc_mgc_out_stdreg_d),
      .z(v_out_rsc_z)
    );
  Render_core Render_core_inst (
      .clk(clk),
      .rst(rst),
      .v_out_rsc_mgc_out_stdreg_d(v_out_rsc_mgc_out_stdreg_d)
    );
endmodule